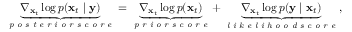
\begin{array} { r } { \underbrace { \nabla _ { { \bf { x } } _ { t } } \log { p ( { \bf { x } } _ { t } \mid { \bf { y } } ) } } _ { \textit { p o s t e r i o r s c o r e } } = \underbrace { \nabla _ { { \bf { x } } _ { t } } \log { p ( { \bf { x } } _ { t } ) } } _ { \textit { p r i o r s c o r e } } + \underbrace { \nabla _ { { \bf { x } } _ { t } } \log { p ( { \bf { y } } \mid { \bf { x } } _ { t } } ) } _ { \textit { l i k e l i h o o d s c o r e } } , } \end{array}